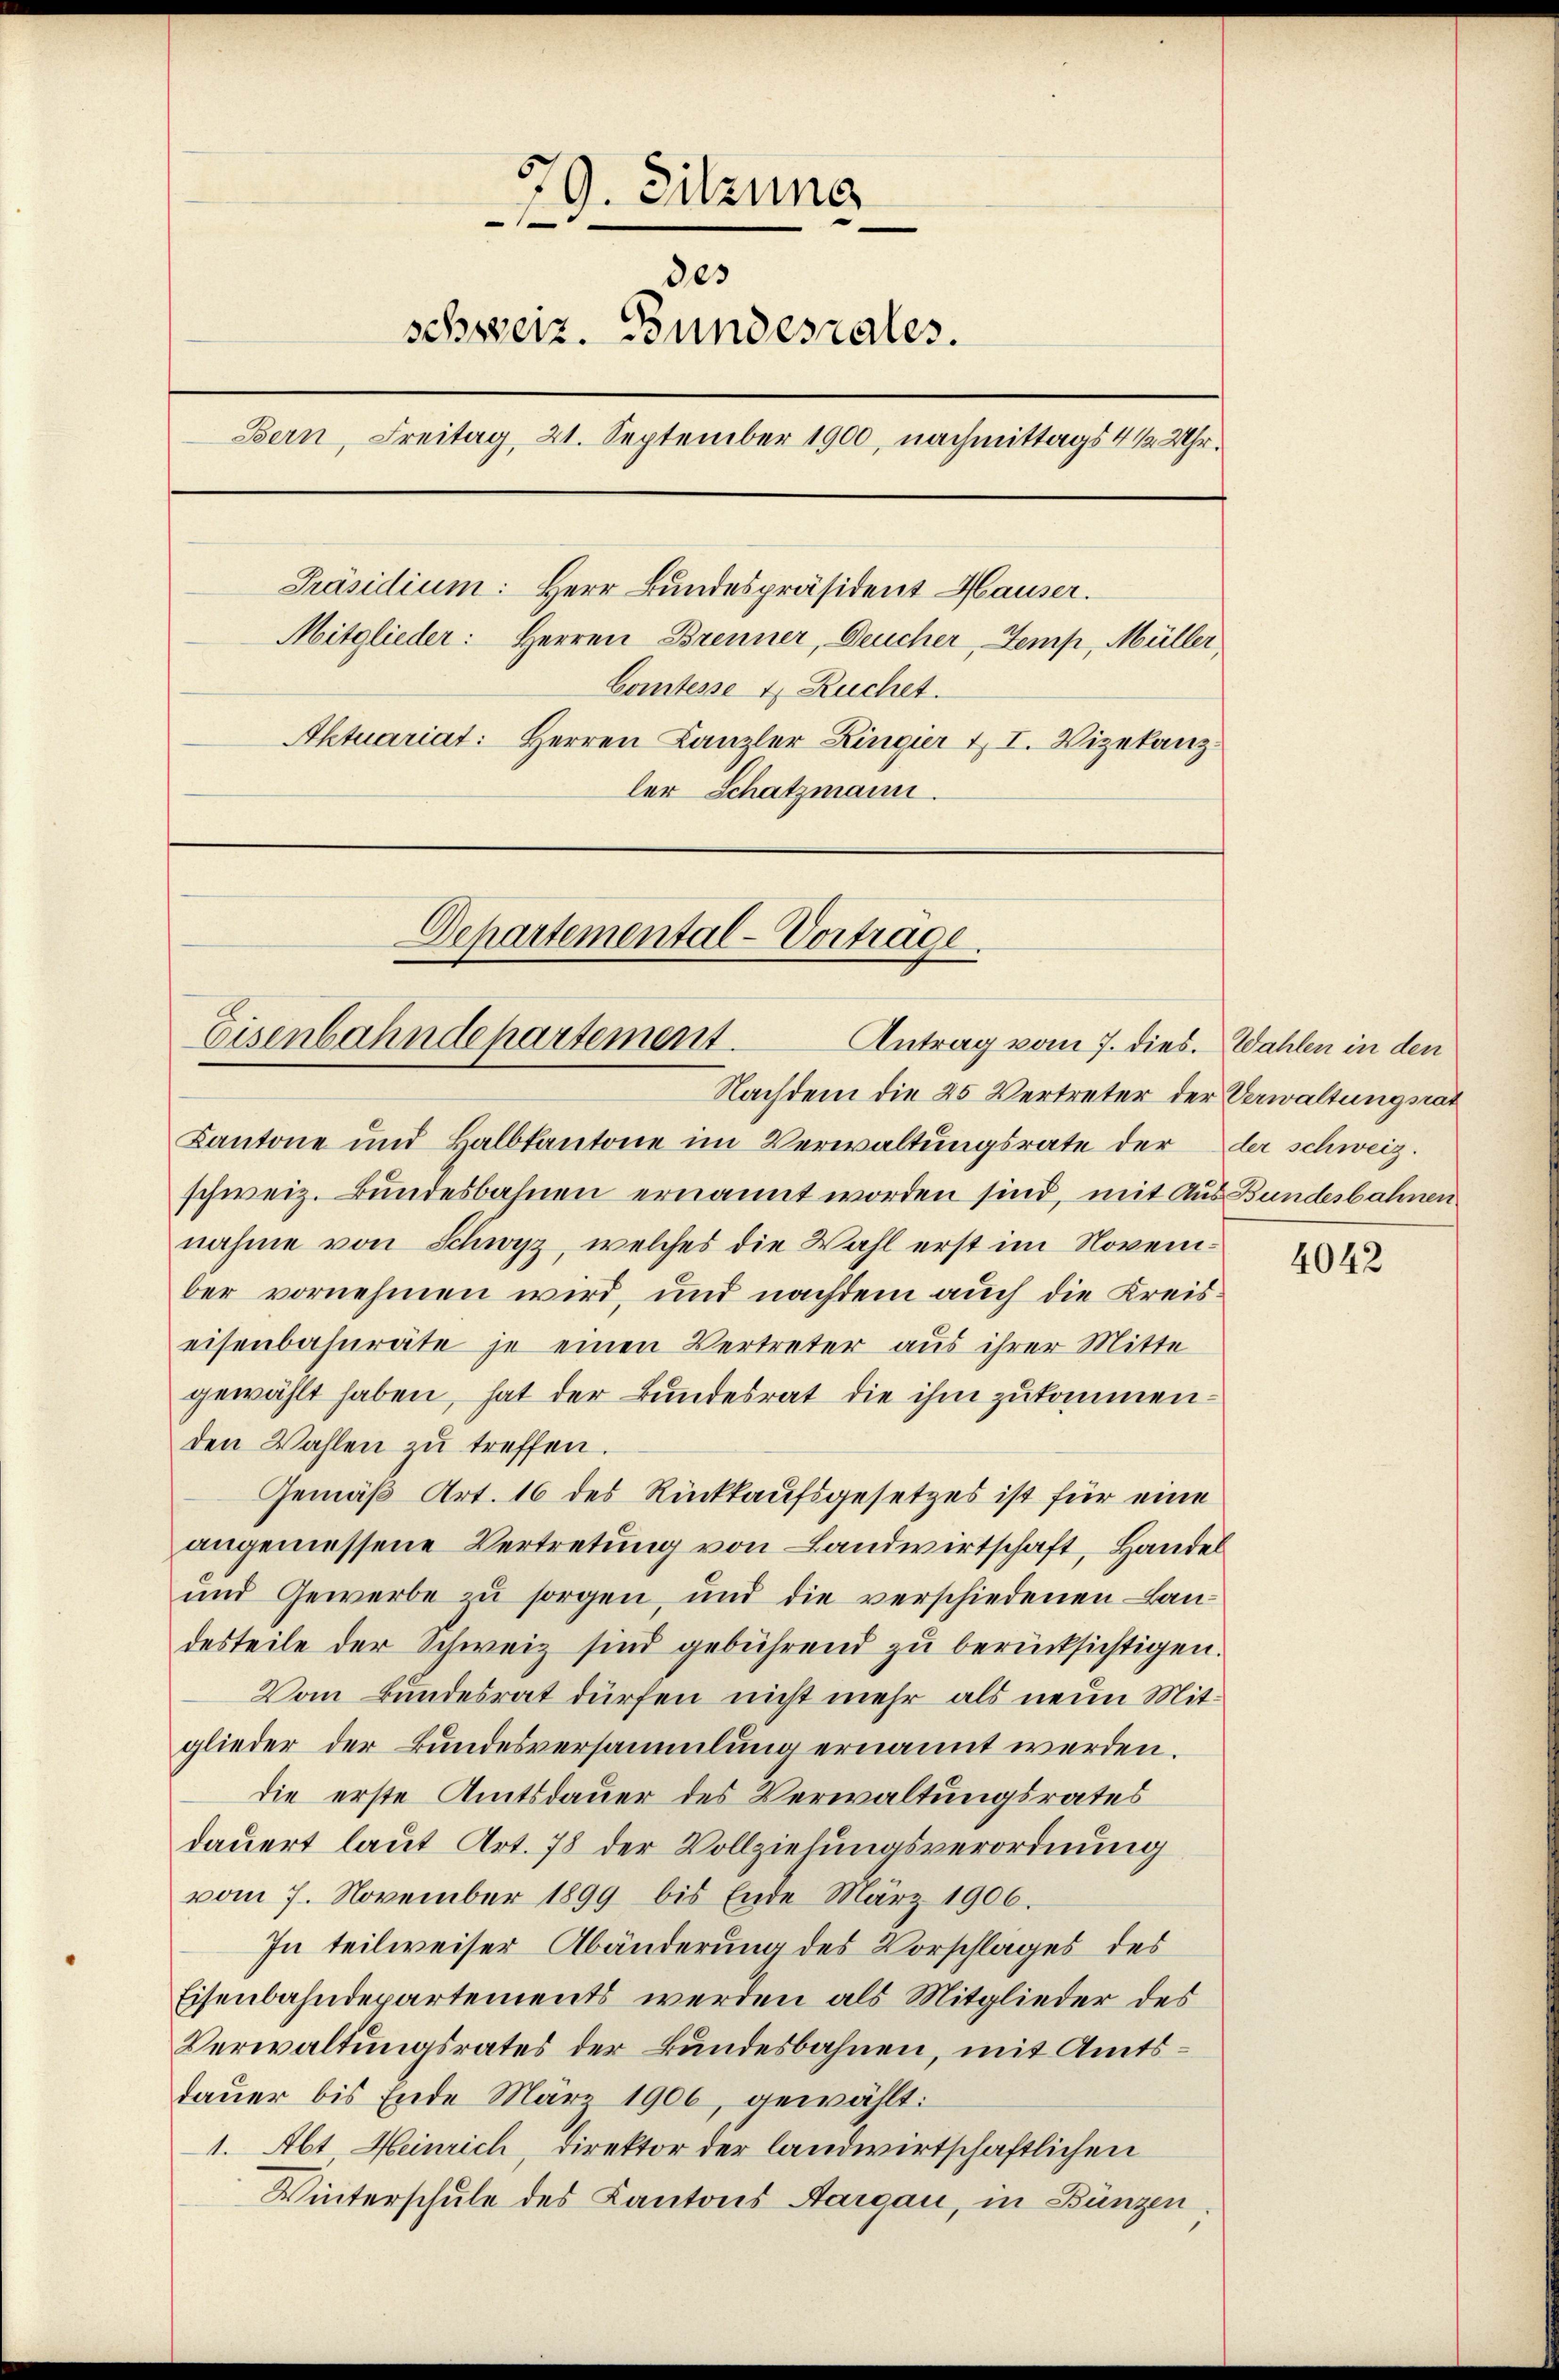
39. Sitzung
e
des
schweiz. Bundesrates.
Bern, Freitag, 21. September 1900, nachmittags 4 1/2 Uhr.
Präsidium: Herr Bundespräsident Hauser.
Mitglieder: Herren Brenner, Deucher, Temp, Müller
Comtesse 4 Ruchet.
Aktuariat: Herren Kanzler Zingier II. Vizekanz
ler Schatzmann.

Dehartemental-Vortrage
.
Eisenbahndepartement.
Antrag vom 7. dies. Wahlen in den
Nachdem die 25 Vertreter der Verwaltungsrat

Kantone und Halbkantone im Verwaltungsrate der der schweiz.
schweiz. Bundesbahnen ernannt worden sind, mit Aus Bundesbahnen
nahme von Schwyz, welches die Wahl erst im November vornehmen wird, und nachdem auch die Kreiseisenbahnräte je einen Vertreter aus ihrer Mitte
gewählt haben, hat der Bundesrat die ihm zukommenden Wahlen zu treffen.
Gemäß Art. 16 des Rückkaufsgesetzes ist für eine
angemessene Vertretung von Landwirtschaft, Handel
und Gewerbe zu sorgen, und die verschiedenen Landesteile der Schweiz sind gebührend zu berücksichtigen.
Vom Bundesrat dürfen nicht mehr als neue Mitglieder der Bundesversammlung ernannt werden.
die erste Amtsdauer des Verwaltungsrates
dauert laut Art. 78 der Vollzielungsverordnung
vom 7. November 1899 bis Ende März 1906.
In teilweiser Abänderung des Vorschlages des
Eisenbahndepartements werden als Mitglieder des
Verwaltungsrates der Bundesbahnen, mit Amtsdauer bis Ende März 1906, gewählt:
1. Abt Heinrich, Direktor der landwirtschaftlichen
Winterschule des Kantons Aargau, in Bünzen.

4042